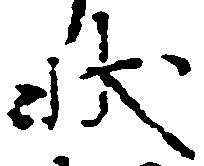
状